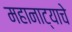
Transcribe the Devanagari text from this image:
महानाट्याचे